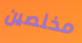
مخلصين